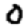
Digit: 0